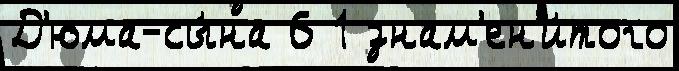
Д'юма-сы́на 6 1 знам'ен'и́того